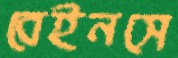
বেইনসে